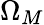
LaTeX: \Omega_{M}